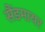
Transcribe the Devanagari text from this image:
सैंडमायर